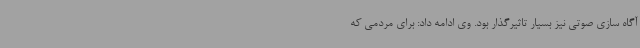
آگاه سازی صوتی نیز بسیار تاثیرگذار بود. وی ادامه داد: برای مردمی که